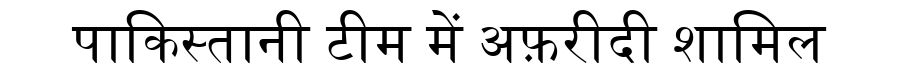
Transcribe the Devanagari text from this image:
पाकिस्तानी टीम में अफ़रीदी शामिल